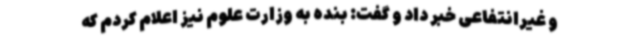
و غیرانتفاعی خبر داد و گفت: بنده به وزارت علوم نیز اعلام کردم که